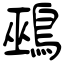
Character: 鵐